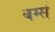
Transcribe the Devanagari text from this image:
बर्ग्स